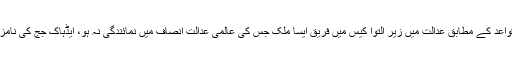
آئی سی جے کے قواعد کے مطابق عدالت میں زیر التوا کیس میں فریق ایسا ملک جس کی عالمی عدالت انصاف میں نمائندگی نہ ہو، ایڈہاک جج کی نامزدگی کر سکتاہے ۔